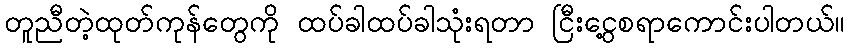
တူညီတဲ့ထုတ်ကုန်တွေကို ထပ်ခါထပ်ခါသုံးရတာ ငြီးငွေ့စရာကောင်းပါတယ်။